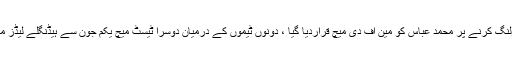
میچ میں بہترین باؤلنگ کرنے پر محمد عباس کو مین آف دی میچ قراردیا گیا ، دونوں ٹیموں کے درمیان دوسرا ٹیسٹ میچ یکم جون سے ہیڈنگلے لیڈز میں کھیلا جائے گا ۔